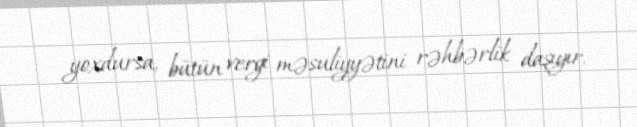
yoxdursa, bütün vergi məsuliyyətini rəhbərlik daşıyır.